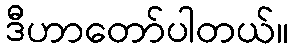
ဒီဟာတော်ပါတယ်။